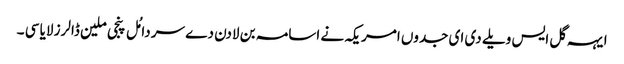
ایہہ گل ایس ویلے دی ای جدوں امریکہ نے اسامہ بن لادن دے سر دامُل پنجی ملین ڈالرز لایا سی ۔